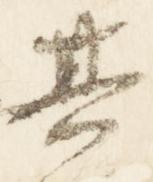
其